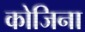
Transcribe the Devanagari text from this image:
कोजिना